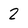
Character: 2